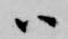
ハ